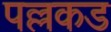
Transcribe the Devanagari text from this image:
पल्लकड